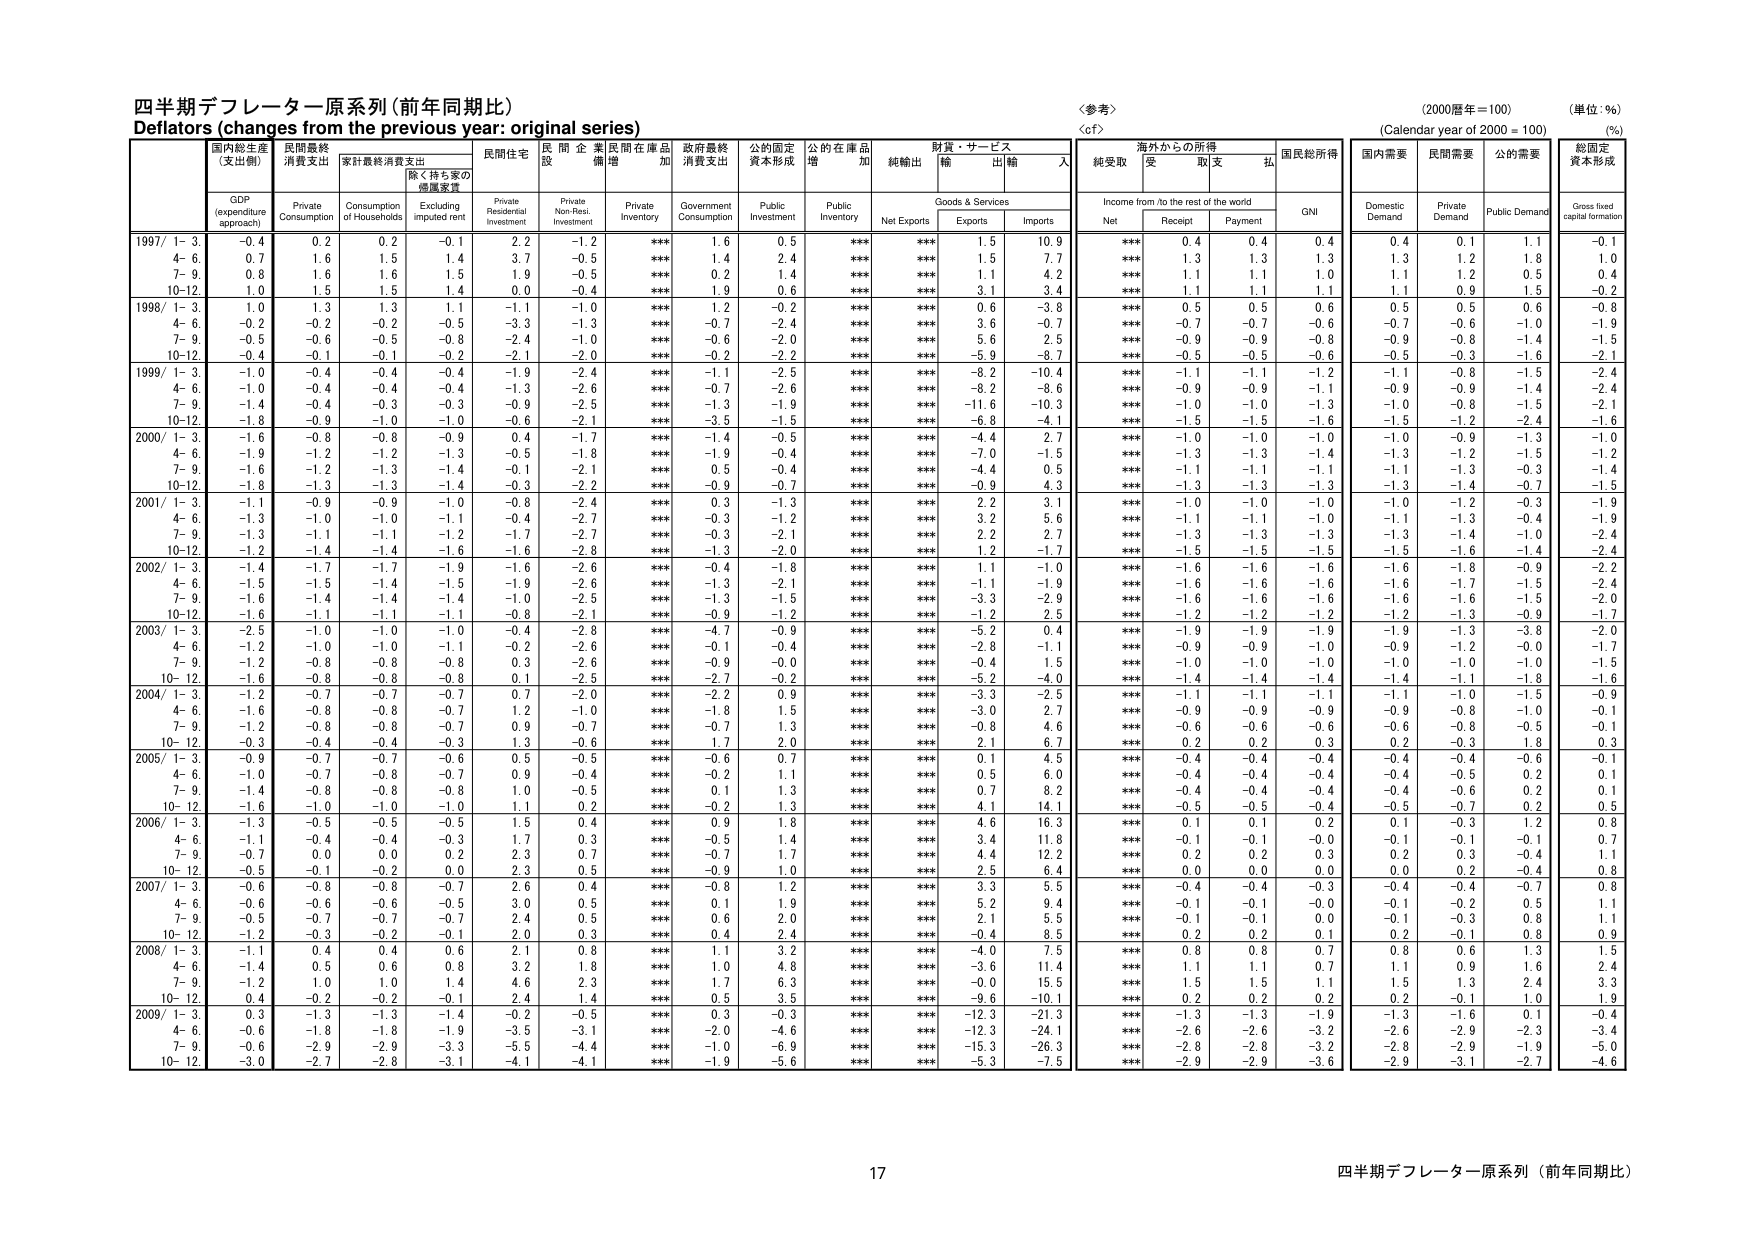
四半期デフレーター原系列（前年同期比）
Deflators (changes from the previous year: original series)

〈参考〉
〈cf〉
(2000暦年＝100)
(Calendar year of 2000 = 100)
(単位：％)
(%)

国内総生産
(GDP)
(支出側)
GDP
(expenditure approach)

民間最終
消費支出
Private
Consumption

家計最終消費支出
Consumption
of Households

除く持ち家の
帰属家賃
Excluding
imputed rent

民間住宅
投資
Private
Residential
Investment

民間企業
設備投資
Private
Non-Res.
Investment

民間在庫品
増加
Private
Inventory

政府最終
消費支出
Government
Consumption

公的固定
資本形成
Public
Investment

公的在庫品
増加
Public
Inventory

純輸出
Net Exports

財貨・サービス
輸出
Exports

財貨・サービス
輸入
Imports

海外からの所得
Income from /to the rest of the world

純受取
Net

受取
Receipt

支払
Payment

国民総所得
GNI

国内需要
Domestic
Demand

民間需要
Private
Demand

公的需要
Public Demand

総固定
資本形成
Gross fixed
capital formation

1997/ 1-3
-0.4
0.2
0.2
-0.1
2.2
-1.2
***
1.6
0.5
***
***
1.5
10.9
***
0.4
0.4
0.4
0.4
0.1
1.1
-0.1

4-6
0.7
1.6
1.5
1.4
3.7
-0.5
***
1.4
2.4
***
***
1.5
7.7
***
1.3
1.3
1.3
1.3
1.2
1.8
1.0

7-9
0.8
1.6
1.6
1.5
1.9
-0.5
***
0.2
1.4
***
***
1.1
4.2
***
1.1
1.1
1.0
1.1
1.2
0.5
0.4

10-12
1.0
1.5
1.5
1.4
0.0
-0.4
***
1.9
0.6
***
***
3.1
3.4
***
1.1
1.1
1.1
1.1
0.9
1.5
-0.2

1998/ 1-3
1.0
1.3
1.3
1.1
-1.1
-1.0
***
1.2
-0.2
***
***
0.6
-3.8
***
0.5
0.5
0.6
0.5
0.5
0.6
-0.8

4-6
-0.2
-0.2
-0.2
-0.5
-3.3
-1.3
***
-0.7
-2.4
***
***
3.6
-0.7
***
-0.7
-0.7
-0.6
-0.7
-0.6
-1.0
-1.9

7-9
-0.5
-0.6
-0.5
-0.8
-2.4
-1.0
***
-0.6
-2.0
***
***
5.6
2.5
***
-0.9
-0.9
-0.8
-0.9
-0.8
-1.4
-1.5

10-12
-0.4
-0.1
-0.1
-0.2
-2.1
-2.0
***
-0.2
-2.2
***
***
-5.9
-8.7
***
-0.5
-0.5
-0.6
-0.5
-0.3
-1.6
-2.1

1999/ 1-3
-1.0
-0.4
-0.4
-0.4
-1.9
-2.4
***
-1.1
-2.5
***
***
-8.2
-10.4
***
-1.1
-1.1
-1.2
-1.1
-0.8
-1.5
-2.4

4-6
-1.0
-0.4
-0.4
-0.4
-1.3
-2.6
***
-0.7
-2.6
***
***
-8.2
-8.6
***
-0.9
-0.9
-1.1
-0.9
-0.9
-1.4
-2.4

7-9
-1.4
-0.4
-0.3
-0.3
-0.9
-2.5
***
-1.3
-1.9
***
***
-11.6
-10.3
***
-1.0
-1.0
-1.3
-1.0
-0.8
-1.5
-2.1

10-12
-1.8
-0.9
-1.0
-1.0
-0.6
-2.1
***
-3.5
-1.5
***
***
-6.8
-4.1
***
-1.5
-1.5
-1.6
-1.5
-1.2
-2.4
-1.6

2000/ 1-3
-1.6
-0.8
-0.8
-0.9
0.4
-1.7
***
-1.4
-0.5
***
***
-4.4
2.7
***
-1.0
-1.0
-1.0
-1.0
-0.9
-1.3
-1.0

4-6
-1.9
-1.2
-1.2
-1.3
-0.5
-1.8
***
-1.9
-0.4
***
***
-7.0
-1.5
***
-1.3
-1.3
-1.4
-1.3
-1.2
-1.5
-1.2

7-9
-1.6
-1.2
-1.3
-1.4
-0.1
-2.1
***
0.5
-0.4
***
***
-4.4
0.5
***
-1.1
-1.1
-1.1
-1.1
-1.3
-0.3
-1.4

10-12
-1.8
-1.3
-1.3
-1.4
-0.3
-2.2
***
-0.9
-0.7
***
***
-0.9
4.3
***
-1.3
-1.3
-1.3
-1.3
-1.4
-0.7
-1.5

2001/ 1-3
-1.1
-0.9
-0.9
-1.0
-0.8
-2.4
***
0.3
-1.3
***
***
2.2
3.1
***
-1.0
-1.0
-1.0
-1.0
-1.2
-0.3
-1.9

4-6
-1.3
-1.0
-1.0
-1.1
-0.4
-2.7
***
-0.3
-1.2
***
***
3.2
5.6
***
-1.1
-1.1
-1.0
-1.1
-1.3
-0.4
-1.9

7-9
-1.3
-1.1
-1.1
-1.2
-1.7
-2.7
***
-0.3
-2.1
***
***
2.2
2.7
***
-1.3
-1.3
-1.3
-1.3
-1.4
-1.0
-2.4

10-12
-1.2
-1.4
-1.4
-1.6
-1.6
-2.8
***
-1.3
-2.0
***
***
1.2
-1.7
***
-1.5
-1.5
-1.5
-1.5
-1.6
-1.4
-2.4

2002/ 1-3
-1.4
-1.7
-1.7
-1.9
-1.6
-2.6
***
-0.4
-1.8
***
***
1.1
-1.0
***
-1.6
-1.6
-1.6
-1.6
-1.8
-0.9
-2.2

4-6
-1.5
-1.5
-1.4
-1.5
-1.9
-2.6
***
-1.3
-2.1
***
***
-1.1
-1.9
***
-1.6
-1.6
-1.6
-1.6
-1.7
-1.5
-2.4

7-9
-1.6
-1.4
-1.4
-1.4
-1.0
-2.5
***
-1.3
-1.5
***
***
-3.3
-2.9
***
-1.6
-1.6
-1.6
-1.6
-1.6
-1.5
-2.0

10-12
-1.6
-1.1
-1.1
-1.1
-0.8
-2.1
***
-0.9
-1.2
***
***
-1.2
2.5
***
-1.2
-1.2
-1.2
-1.2
-1.3
-0.9
-1.7

2003/ 1-3
-2.5
-1.0
-1.0
-1.0
-0.4
-2.8
***
-4.7
-0.9
***
***
-5.2
0.4
***
-1.9
-1.9
-1.9
-1.9
-1.3
-3.8
-2.0

4-6
-1.2
-1.0
-1.0
-1.1
-0.2
-2.6
***
-0.1
-0.4
***
***
-2.8
-1.1
***
-0.9
-0.9
-1.0
-0.9
-1.2
-0.0
-1.7

7-9
-1.2
-0.8
-0.8
-0.8
0.3
-2.6
***
-0.9
-0.0
***
***
-0.4
1.5
***
-1.0
-1.0
-1.0
-1.0
-1.0
-1.0
-1.5

10-12
-1.6
-0.8
-0.8
-0.8
0.1
-2.5
***
-2.7
-0.2
***
***
-5.2
-4.0
***
-1.4
-1.4
-1.4
-1.4
-1.1
-1.8
-1.6

2004/ 1-3
-1.2
-0.7
-0.7
-0.7
0.7
-2.0
***
-2.2
0.9
***
***
-3.3
-2.5
***
-1.1
-1.1
-1.1
-1.1
-1.0
-1.5
-0.9

4-6
-1.6
-0.8
-0.8
-0.7
1.2
-1.0
***
-1.8
1.5
***
***
-3.0
2.7
***
-0.9
-0.9
-0.9
-0.9
-0.8
-1.0
-0.1

7-9
-1.2
-0.8
-0.8
-0.7
0.9
-0.7
***
-0.7
1.3
***
***
-0.8
4.6
***
-0.6
-0.6
-0.6
-0.6
-0.8
-0.5
-0.1

10-12
-0.3
-0.4
-0.4
-0.3
1.3
-0.6
***
1.7
2.0
***
***
2.1
6.7
***
0.2
0.2
0.3
0.2
-0.3
1.8
0.3

2005/ 1-3
-0.9
-0.7
-0.7
-0.6
0.5
-0.5
***
-0.6
0.7
***
***
0.1
4.5
***
-0.4
-0.4
-0.4
-0.4
-0.4
-0.6
-0.1

4-6
-1.0
-0.7
-0.8
-0.7
0.9
-0.4
***
-0.2
1.1
***
***
0.5
6.0
***
-0.4
-0.4
-0.4
-0.4
-0.5
0.2
0.1

7-9
-1.4
-0.8
-0.8
-0.8
1.0
-0.5
***
0.1
1.3
***
***
0.7
8.2
***
-0.4
-0.4
-0.4
-0.4
-0.6
0.2
0.1

10-12
-1.6
-1.0
-1.0
-1.0
1.1
0.2
***
-0.2
1.3
***
***
4.1
14.1
***
-0.5
-0.5
-0.4
-0.5
-0.7
0.2
0.5

2006/ 1-3
-1.3
-0.5
-0.5
-0.5
1.5
0.4
***
0.9
1.8
***
***
4.6
16.3
***
0.1
0.1
0.2
0.1
-0.3
1.2
0.8

4-6
-1.1
-0.4
-0.4
-0.3
1.7
0.3
***
-0.5
1.4
***
***
3.4
11.8
***
-0.1
-0.1
-0.0
-0.1
-0.1
-0.1
0.7

7-9
-0.7
0.0
0.0
0.2
2.3
0.7
***
-0.7
1.7
***
***
4.4
12.2
***
0.2
0.2
0.3
0.2
0.3
-0.4
1.1

10-12
-0.5
-0.1
-0.2
0.0
2.3
0.5
***
-0.9
1.0
***
***
2.5
6.4
***
0.0
0.0
0.0
0.0
0.2
-0.4
0.8

2007/ 1-3
-0.6
-0.8
-0.8
-0.7
2.6
0.4
***
-0.8
1.2
***
***
3.3
5.5
***
-0.4
-0.4
-0.3
-0.4
-0.4
-0.7
0.8

4-6
-0.6
-0.6
-0.6
-0.5
3.0
0.5
***
0.1
1.9
***
***
5.2
9.4
***
-0.1
-0.1
-0.0
-0.1
-0.2
0.5
1.1

7-9
-0.5
-0.7
-0.7
-0.7
2.4
0.5
***
0.6
2.0
***
***
2.1
5.5
***
-0.1
-0.1
0.0
-0.1
-0.3
0.8
1.1

10-12
-1.2
-0.3
-0.2
0.1
2.0
0.3
***
0.4
2.4
***
***
-0.4
8.5
***
0.2
0.2
0.1
0.2
-0.1
0.8
0.9

2008/ 1-3
-1.1
0.4
0.4
0.6
2.1
0.8
***
1.1
3.2
***
***
-4.0
7.5
***
0.8
0.8
0.7
0.8
0.6
1.3
1.5

4-6
-1.4
0.5
0.6
0.8
3.2
1.8
***
1.0
4.8
***
***
-3.6
11.4
***
1.1
1.1
0.7
1.1
0.9
1.6
2.4

7-9
-1.2
1.0
1.0
1.4
4.6
2.3
***
1.7
6.3
***
***
-0.0
15.5
***
1.5
1.5
1.1
1.5
1.3
2.4
3.3

10-12
0.4
-0.2
-0.2
-0.1
2.4
1.4
***
0.5
3.5
***
***
-9.6
-10.1
***
0.2
0.2
0.2
0.2
-0.1
1.0
1.9

2009/ 1-3
0.3
-1.3
-1.3
-1.4
-0.2
-0.5
***
0.3
-0.3
***
***
-12.3
-21.3
***
-1.3
-1.3
-1.9
-1.3
-1.6
0.1
-0.4

4-6
-0.6
-1.8
-1.8
-1.9
-3.5
-3.1
***
-2.0
-4.6
***
***
-12.3
-24.1
***
-2.6
-2.6
-3.2
-2.6
-2.9
-2.3
-3.4

7-9
-0.6
-2.9
-2.9
-3.3
-5.5
-4.4
***
-1.0
-6.9
***
***
-15.3
-26.3
***
-2.8
-2.8
-3.2
-2.8
-2.9
-1.9
-5.0

10-12
-3.0
-2.7
-2.8
-3.1
-4.1
-4.1
***
-1.9
-5.6
***
***
-5.3
-7.5
***
-2.9
-2.9
-3.6
-2.9
-3.1
-2.7
-4.6

17
四半期デフレーター原系列（前年同期比）